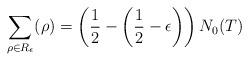
LaTeX: \begin{align*} \sum_{\rho\in R_\epsilon} (\rho)=\left(\frac{1}{2}-\left(\frac{1}{2}-\epsilon\right)\right) N_0(T) \end{align*}